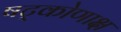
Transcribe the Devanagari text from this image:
षट्कोणाक्ष